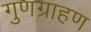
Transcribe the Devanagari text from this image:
गुणग्राहण